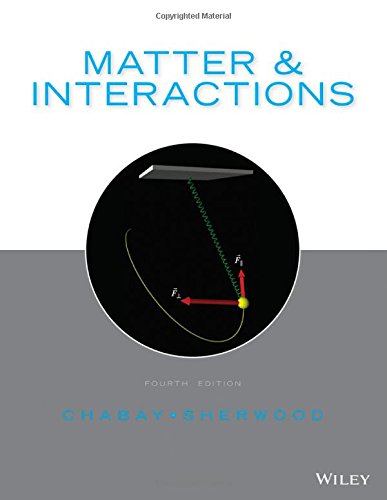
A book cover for Matter and Interactions; Ruth W. Chabay; Science & Math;